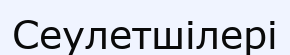
Сеулетшілері